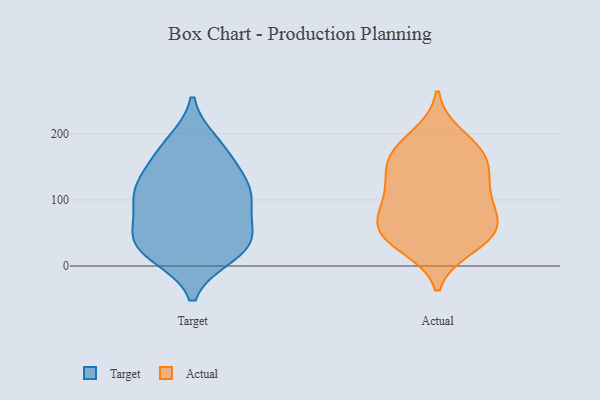
{"axis": {"x": "Market Share (%)", "y": "Value"}, "legend": ["Actual", "Target"], "data": [{"x": "", "y": 114, "type": "Target"}, {"x": "", "y": 29, "type": "Target"}, {"x": "", "y": 105, "type": "Target"}, {"x": "", "y": 95, "type": "Target"}, {"x": "", "y": 179, "type": "Target"}, {"x": "", "y": 139, "type": "Target"}, {"x": "", "y": 114, "type": "Target"}, {"x": "", "y": 46, "type": "Target"}, {"x": "", "y": 51, "type": "Target"}, {"x": "", "y": 109, "type": "Target"}, {"x": "", "y": 60, "type": "Target"}, {"x": "", "y": 26, "type": "Target"}, {"x": "", "y": 17, "type": "Target"}, {"x": "", "y": 161, "type": "Target"}, {"x": "", "y": 23, "type": "Target"}, {"x": "", "y": 186, "type": "Target"}, {"x": "", "y": 168, "type": "Actual"}, {"x": "", "y": 175, "type": "Actual"}, {"x": "", "y": 143, "type": "Actual"}, {"x": "", "y": 197, "type": "Actual"}, {"x": "", "y": 90, "type": "Actual"}, {"x": "", "y": 120, "type": "Actual"}, {"x": "", "y": 54, "type": "Actual"}, {"x": "", "y": 30, "type": "Actual"}, {"x": "", "y": 53, "type": "Actual"}, {"x": "", "y": 106, "type": "Actual"}, {"x": "", "y": 143, "type": "Actual"}, {"x": "", "y": 38, "type": "Actual"}, {"x": "", "y": 89, "type": "Actual"}, {"x": "", "y": 169, "type": "Actual"}, {"x": "", "y": 49, "type": "Actual"}, {"x": "", "y": 63, "type": "Actual"}]}